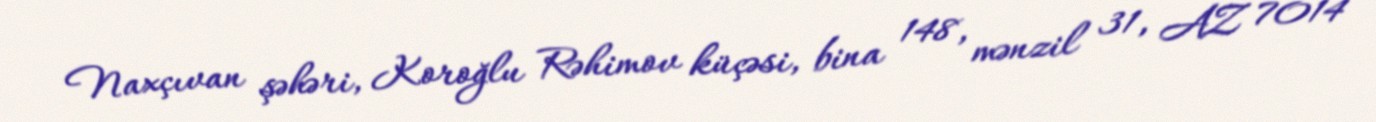
Naxçıvan şəhəri, Koroğlu Rəhimov küçəsi, bina 148, mənzil 31, AZ 7014